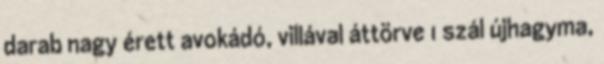
darab nagy érett avokádó, villával áttörve 1 szál újhagyma,